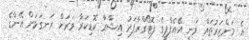
އެ މަންޒަރުތައް ވަނީ އޭއެފްޕީގެ ފޮޓޯގްރާފަރު އިޝާރާ ކޮޑިކަރާ ވަރަށް ރަނގަޅަށް އޭނާގެ